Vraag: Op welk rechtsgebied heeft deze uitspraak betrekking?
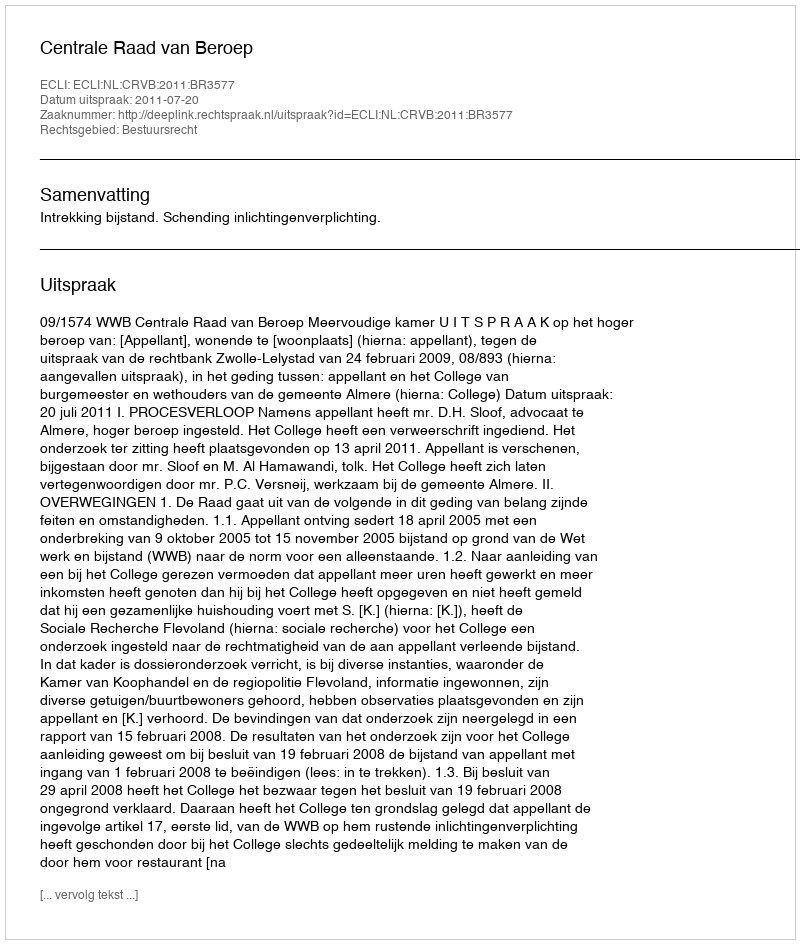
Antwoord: Bestuursrecht